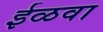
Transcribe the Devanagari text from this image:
ईळवा